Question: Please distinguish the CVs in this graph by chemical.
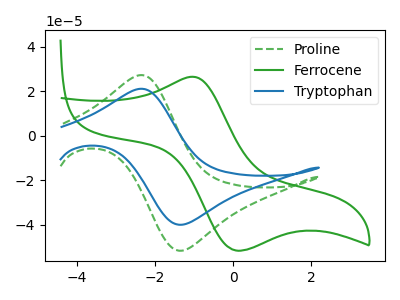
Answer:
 <answer>The green dashed curve is labeled "Proline". The green curve is labeled "Ferrocene". The blue curve is labeled "Tryptophan".</answer>
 <eval></eval>